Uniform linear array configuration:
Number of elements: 4
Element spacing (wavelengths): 0.25
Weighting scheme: blackman
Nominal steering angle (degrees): -60
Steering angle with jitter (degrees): -60.304
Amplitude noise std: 0.05
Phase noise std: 0.05

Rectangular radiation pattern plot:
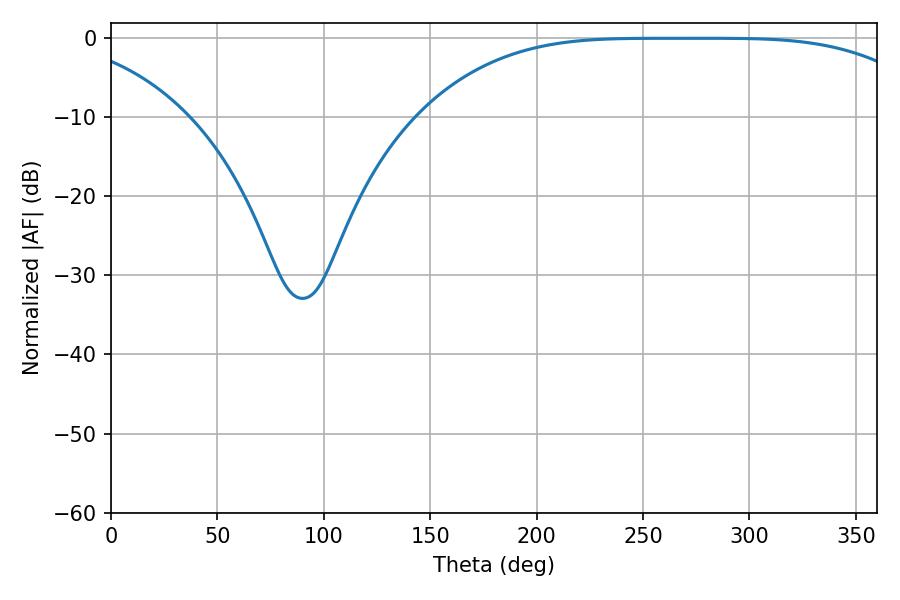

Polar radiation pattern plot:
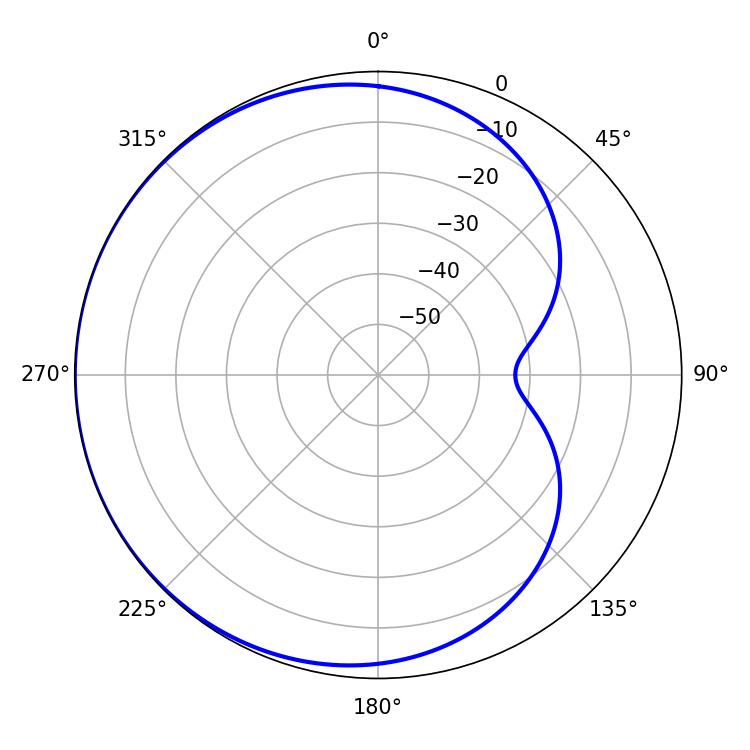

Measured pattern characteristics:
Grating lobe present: FALSE
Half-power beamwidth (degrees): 180.72
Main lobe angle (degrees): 260.28